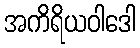
အကိရိယဝါဒေါ